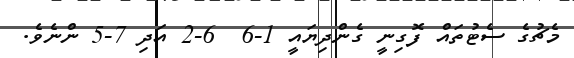
މެޗުގެ ސެޓުތައް ފޮގިނީ ގެންދިޔައީ 1-6  6-2 އަދި 7-5 ންނެވެ.